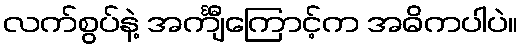
လက်စွပ်နဲ့ အင်္ကျီကြောင့်က အဓိကပါပဲ။